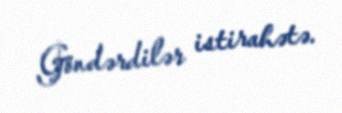
Göndərdilər istirahətə.